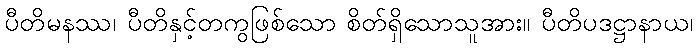
ပီတိမနဿ၊ ပီတိနှင့်တကွဖြစ်သော စိတ်ရှိသောသူအား။ ပီတိပဒဋ္ဌာနာယ၊